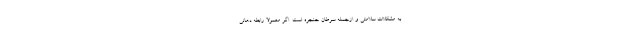
به مشکلات سلامتی و ازجمله سرطان حنجره است. اگر معمولاً رابطه دهانی